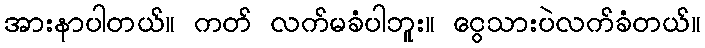
အားနာပါတယ်။ ကတ် လက်မခံပါဘူး။ ငွေသားပဲလက်ခံတယ်။